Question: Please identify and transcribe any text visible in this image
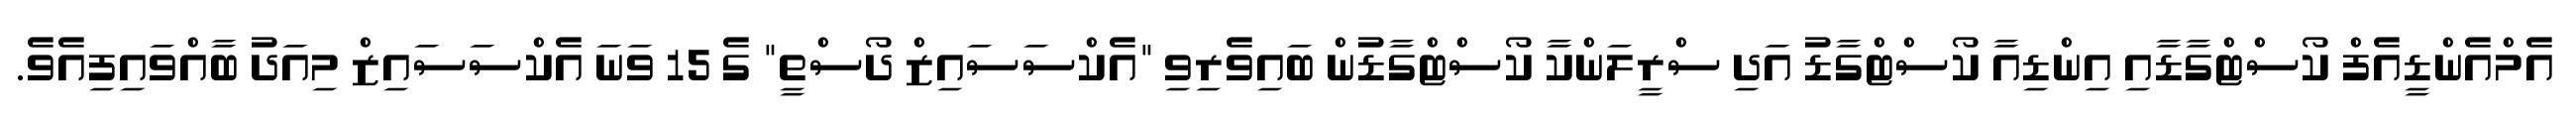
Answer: އެމްއެންޑީއެފް ކޯސްޓްގާޑާއި އިންޑިއާ ކޯސްޓްގާޑު އަދި ސްރީލަންކާ ކޯސްޓްގާޑުން ބައިވެރިވި "އެކްސަސައިޒް ދޯސްތީ" ގެ 15 ވަނަ އެކްސަސައިޒް މިއަދު ބާއްވައިފިއެވެ.